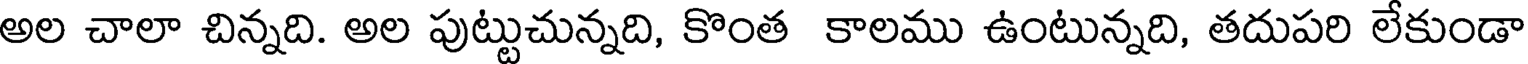
అల చాలా చిన్నది. అల పుట్టుచున్నది, కొంత కాలము ఉంటున్నది, తదుపరి లేకుండా